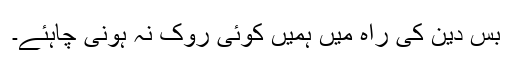
بس دین کی راہ میں ہمیں کوئی روک نہ ہونی چاہئے۔